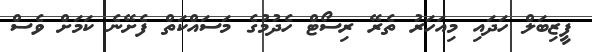
ފީޒިބަލް ހަދައި މިއަހަރު ތެރޭ ރިސޯޓް ހެދުމުގެ މަސައްކަތް ފެށޭނެ ކަމަށް ވެސް